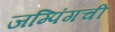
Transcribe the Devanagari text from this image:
जम्पिंगची